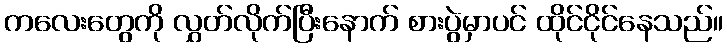
ကလေးတွေကို လွှတ်လိုက်ပြီးနောက် စားပွဲမှာပင် ထိုင်ငိုင်နေသည်။